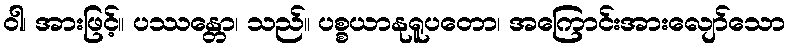
ဝါ၊ အားဖြင့်။ ပဿန္တော၊ သည်။ ပစ္စယာနုရူပတော၊ အကြောင်းအားလျော်သော